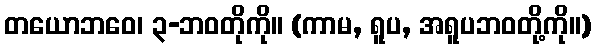
တယောဘဝေ၊ ၃-ဘဝတိုကို။ (ကာမ, ရူပ, အရူပဘဝတို့ကို။)